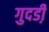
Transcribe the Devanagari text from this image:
गुदडी़